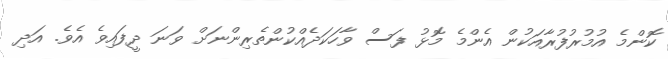
ކޮންމެ އުމުރުފުރާއަކުން އެންމެ މޮޅު ފަސް ވާހަކަދެއްކުންތެރިންނަށް ވަނަ ދީފައިވެ އެވެ. އަދި